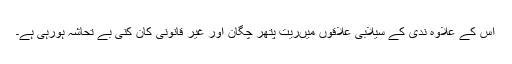
اس کے علاوہ ندی کے سیلابی علاقوں میںریت پتھر چگان اور غیر قانونی کان کنی بے تحاشہ ہورہی ہے۔